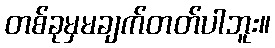
တစ်ခုမှမချက်တတ်ပါဘူး။